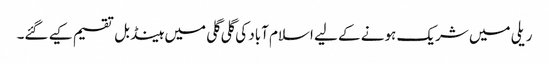
ریلی میں شریک ہونے کے لیے اسلام آباد کی گلی گلی میں ہینڈ بل تقسیم کیے گئے۔